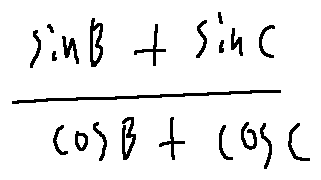
\frac { \sin B + \sin C } { \cos B + \cos C }